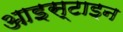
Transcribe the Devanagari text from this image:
आइस्टाइन